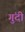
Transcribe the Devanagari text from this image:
गुंदी